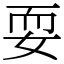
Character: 耍